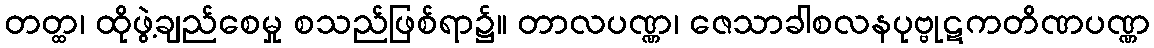
တတ္ထ၊ ထိုဖွဲ့ချည်စေမှု စသည်ဖြစ်ရာ၌။ တာလပဏ္ဏ၊ ဇေသာခါစလနပုဗ္ဗုဋကတိဏပဏ္ဏ